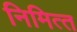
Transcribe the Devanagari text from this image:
निमित्‍त